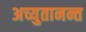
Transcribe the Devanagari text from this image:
अच्युतानन्त